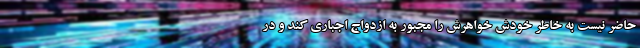
حاضر نیست به خاطر خودش خواهرش را مجبور به ازدواج اجباری کند و در